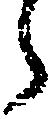
う